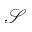
\mathcal { S }